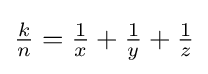
{\tfrac {k}{n}}={\tfrac {1}{x}}+{\tfrac {1}{y}}+{\tfrac {1}{z}}